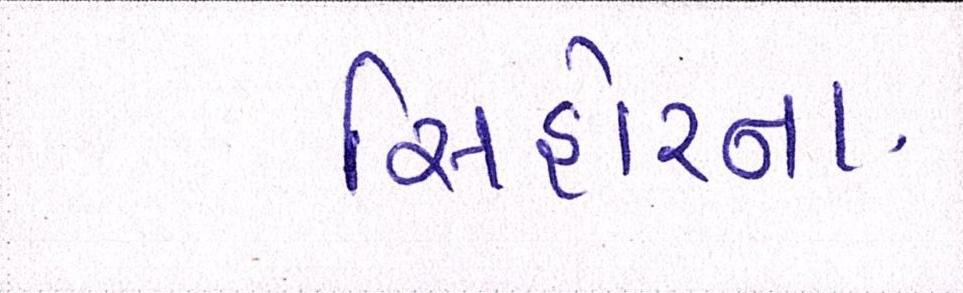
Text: સિહોરના